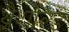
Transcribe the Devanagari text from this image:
थ्रैशोल्ड